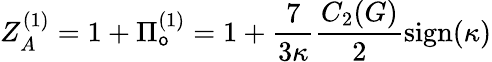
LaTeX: Z_{A}^{(1)}=1+\Pi_{\mathsf{o}}^{(1)}=1+\frac{{7}}{{3\kappa}}\frac{{C_{2}(G)}}{{2}}\mathrm{{sign}}(\kappa)